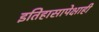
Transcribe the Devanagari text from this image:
इतिहासापेक्षाही